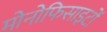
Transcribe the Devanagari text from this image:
मोनोफिसाइटों